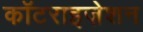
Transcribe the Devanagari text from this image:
कॉटराइज़ेशन